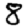
Digit: 8